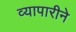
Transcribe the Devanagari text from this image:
व्यापारीने